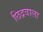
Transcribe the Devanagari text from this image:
छिद्रवाला